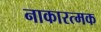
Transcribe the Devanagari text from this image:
नाकारत्मक